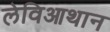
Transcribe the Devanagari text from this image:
लेविआथान